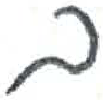
אות: ב